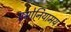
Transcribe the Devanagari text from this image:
एमोनियामय